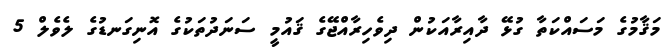
މަޤާމުގެ މަސައްކަތާ ގުޅޭ ދާއިރާއަކުން ދިވެހިރާއްޖޭގެ ޤައުމީ ސަނަދުތަކުގެ އޮނިގަނޑުގެ ލެވެލް 5